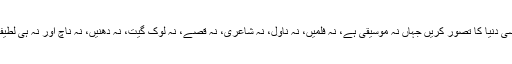
ایک ایسی دنیا کا تصور کریں جہاں نہ موسیقی ہے، نہ فلمیں، نہ ناول، نہ شاعری، نہ قصے، نہ لوک گیت، نہ دھنیں، نہ ناچ اور نہ ہی لطیفے ہیں۔